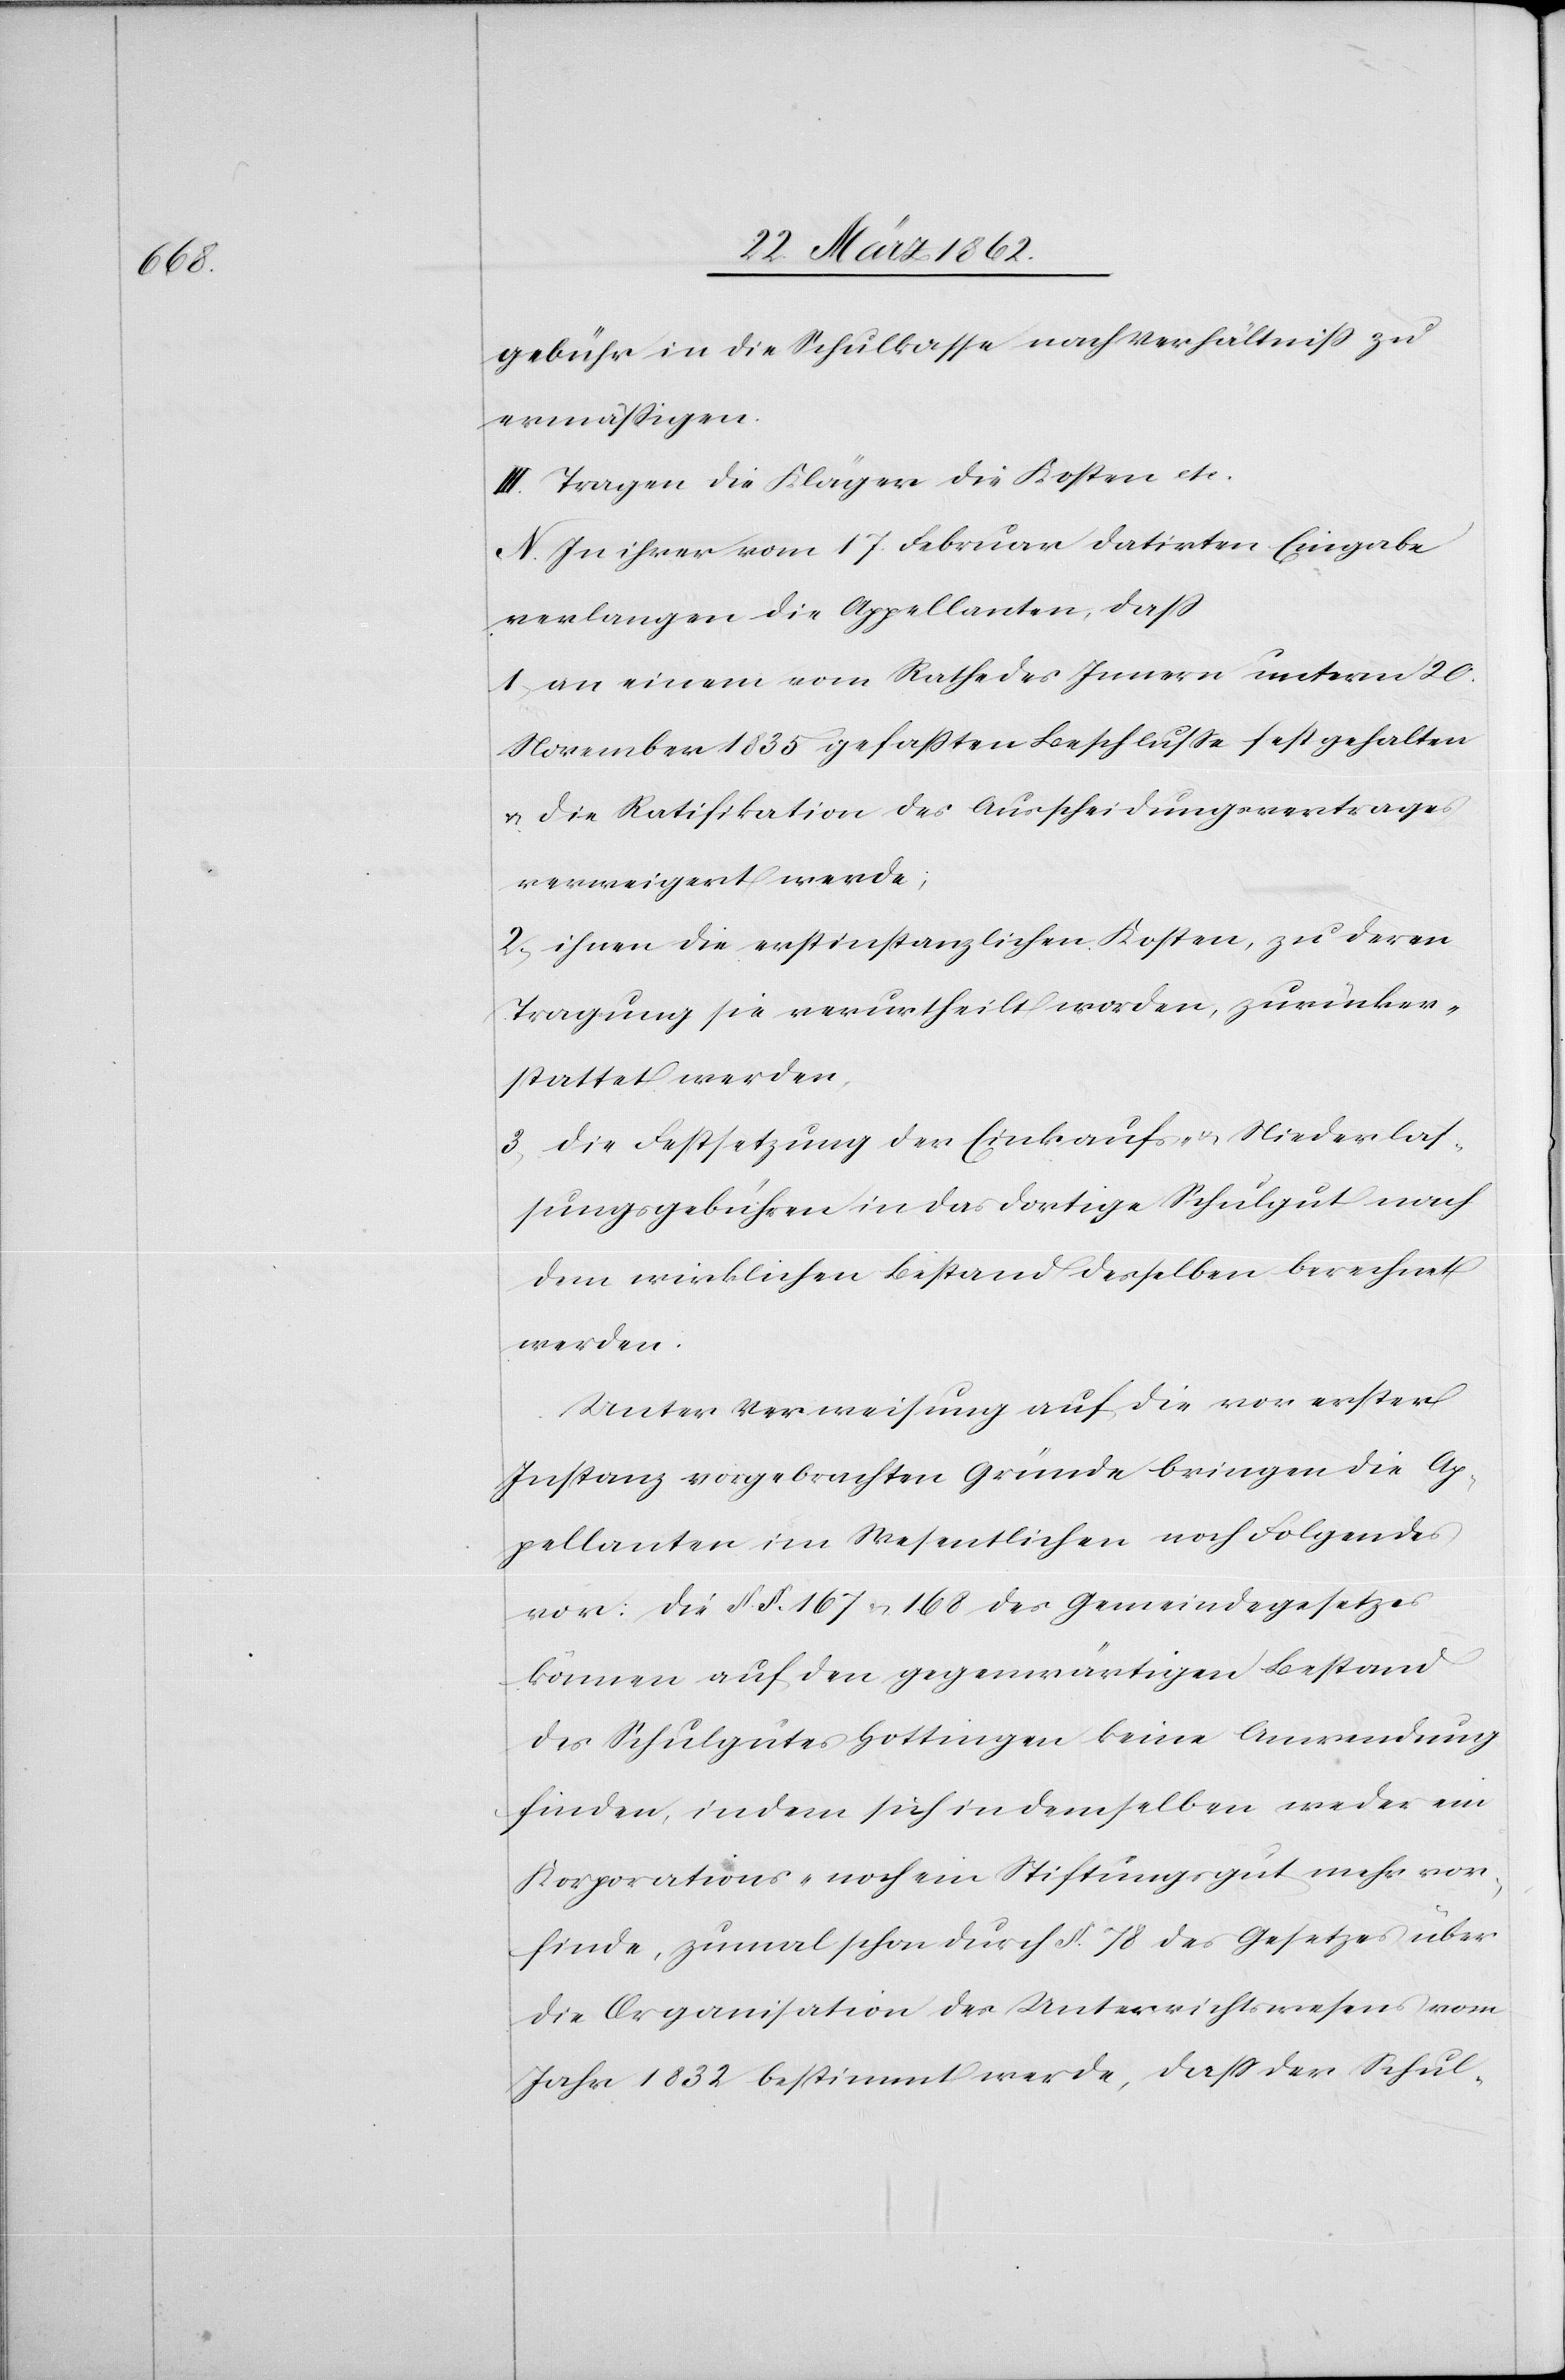
gebühr in die Schulkassa nach Verhältniß zu
ermäßigen.
III. Tragen die Kläger die Kosten etc.
N. In ihrer vom 17. Februar datirten Eingabe
verlangen die Appellanten, daß
1) an einem vom Rathe des Innern unterm 20.
November 1835 gefaßten Beschlusse festgehalten
& die Ratifikation des Ausscheidungsvertrages
verweigert werde;
2) ihnen die erstinstanzlichen Kosten, zu deren
Tragung sie verurtheilt worden, zurücker¬
stattet werden,
3) die Festsetzung der Einkaufs- & Niederlas¬
sungsgebühren in das dortige Schulgut nach
dem wirklichen Bestand desselben berechnet
werden.
Unter Verweisung auf die von erster
Instanz vorgebrachten Gründe bringen die Ap¬
pellanten im Wesentlichen noch Folgendes
vor: Die §. §. 167 & 168 des Gemeindegesetzes
können auf den gegenwärtigen Bestand
des Schulgutes Hottingen keine Anwendung
finden, indem sich in demselben weder ein
Koporations- noch ein Stiftungsgut mehr vor¬
finde, zumal schon durch §. 78 des Gesetzes über
die Organisation des Unterrichtswesens vom
Jahr 1832 bestimmt werde, daß der Schul-